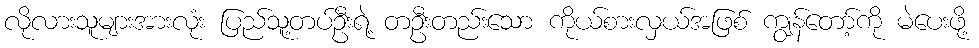
လိုလားသူများအားလုံး ပြည်သူ့တပ်ဦးရဲ့ တဦးတည်းသော ကိုယ်စားလှယ်အဖြစ် ကျွန်တော့်ကို မဲပေးဖို့